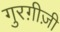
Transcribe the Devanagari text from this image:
गुरग़ीज़ी